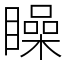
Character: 矂